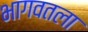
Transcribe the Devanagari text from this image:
भागवतला